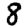
Digit: 8